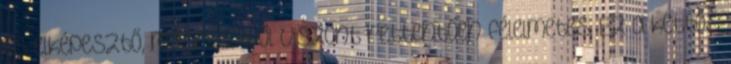
és elképesztő, másrészről viszont rettentően félelmetes. Ez a kettős